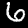
Label: 6